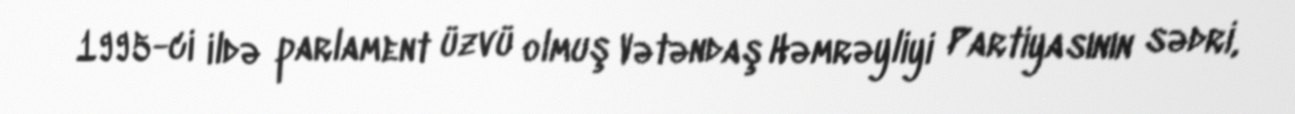
1995-ci ildə parlament üzvü olmuş Vətəndaş Həmrəyliyi Partiyasının sədri,